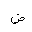
Letter: _dad